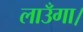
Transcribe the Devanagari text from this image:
लाउँगा।